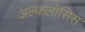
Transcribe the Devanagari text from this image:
अल्कलोसिस